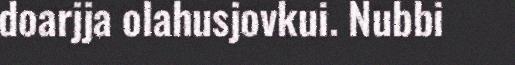
doarjja olahusjovkui. Nubbi